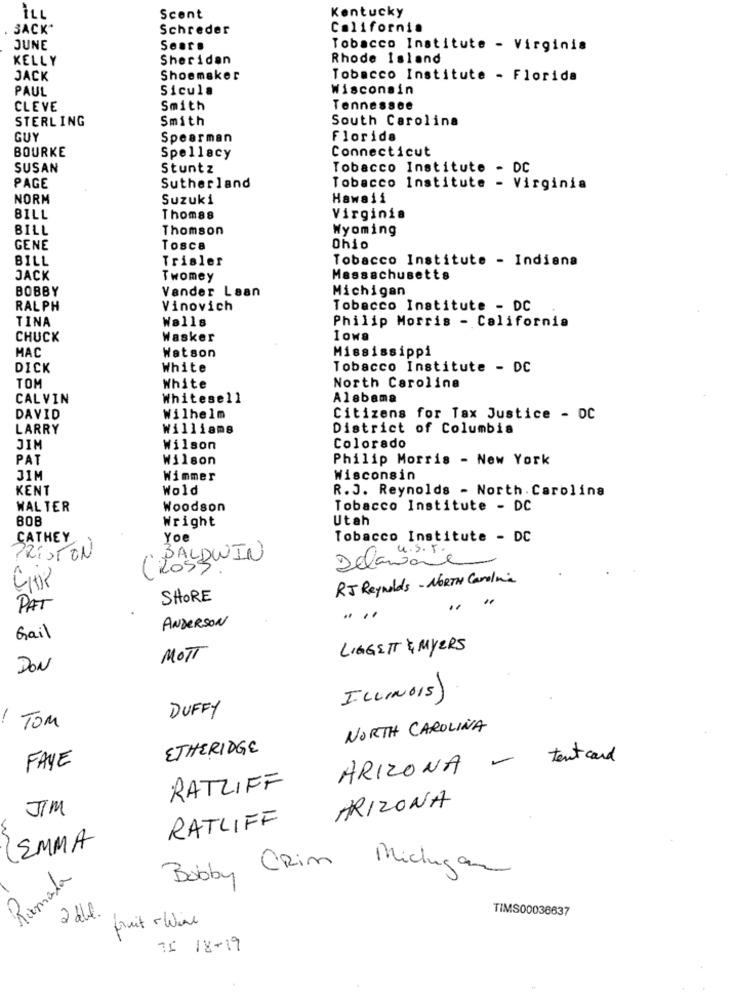
ILL
Scent
Kentucky
BACK"
Schreder
California
JUNE
Sears
Tobacco Institute - Virginis
KELLY
Sheridan
Rhode Island
JACK
Shoemaker
Tobacco Institute - Florida
PAUL
Sicula
Wisconsin
CLEVE
Smith
Tennessee
STERLING
Smith
South Carolina
GUY
Spearman
Florida
BOURKE
Connecticut
Spellacy
SUSAN
Stuntz
Tobacco Institute - DC
PAGE
Sutherland
Tobacco Institute - Virginia
NORM
Suzuki
Hawaii
BILL
Thomas
Virginia
BILL
Thomson
Wyoming
GENE
Tosca
Ohio
BILL
Trisler
Tobacco Institute - Indiana
JACK
Twomey
Massachusetts
BOBBY
Vander Laan
Michigan
RALPH
Vinovich
Tobacco Institute - DC
TINA
Walls
Philip Morris - California
CHUCK
Wasker
Iowa
MAC
Watson
Mississippi
DICK
White
Tobacco Institute - DC
TOM
White
North Carolina
CALVIN
Whitesell
Alabama
DAVID
Wilhelm
Citizens for Tax Justice - DC
LARRY
Williams
District of Columbia
JIM
Wilson
Colorado
PAT
Wilson
Philip Morris - New York
JIM
Wimmer
Wisconsin
KENT
Wold
R.J. Reynolds - North Carolina
WALTER
Woodson
Tobacco Institute - DC
BOB
Wright
Utah
CATHEY
Yoe
Tobacco Institute - DC
PRESTON
BALDWIN
Delaware
RJ Reynolds - NORTH Carolina
SHORE
PAT
..
ANDERSON
Gail
LIGGETT & MYERS
MOTT
DON
ILLINOIS)
DUFFY
TOM
NORTH CAROLINA
ETHERIDGE
ARIZONA - tentcard
FAYE
RATLIFF
JIM
ARIZONA
RATLIFF
W
LEMMA
Ramada
Bobby CRin Michigan
2 de.
TIMS00036637
fruit - Wine
15 18-19